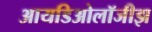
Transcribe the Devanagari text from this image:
आयडिओलॉजीझ